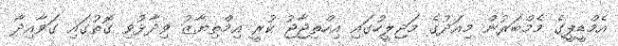
އެމްޑީޕީގެ މެމްބަރުން މިއަދުގެ މަޖިލީހުގައި އިހްތިޖާޖު ކުރީ އިމްތިޔާޒު ވިދާޅުވި ގޮތުގައި ގަވާއިދާ